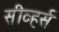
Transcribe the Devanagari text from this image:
सीव्हर्स